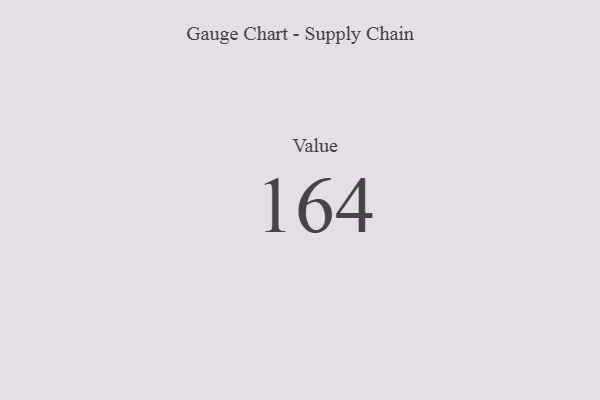
{"axis": {"x": "Metric", "y": "Value"}, "legend": [""], "data": [{"x": "Value", "y": 164, "type": ""}]}